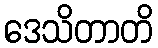
ဒေသိတာတိ